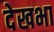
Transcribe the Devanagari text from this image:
देखभा